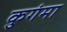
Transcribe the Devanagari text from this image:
कुगंमा